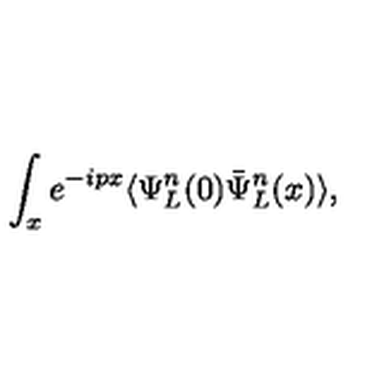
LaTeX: \int _ { x } e ^ { - i p x } \langle \Psi _ { L } ^ { n } ( 0 ) \bar { \Psi } _ { L } ^ { n } ( x ) \rangle ,